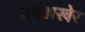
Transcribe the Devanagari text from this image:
वर्षअखेर